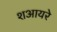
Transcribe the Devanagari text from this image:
शआयरे